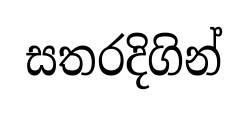
සතරදිගින්